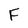
Character: F